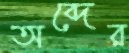
অব্দের